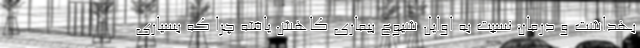
بهداشت و درمان نسبت به اوایل شیوع بیماری کاهش یافته چرا که بسیاری